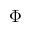
\Phi